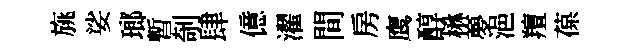
旐娑瑯暫剞肆億濯間房鹰醇楙夣浥羶葆